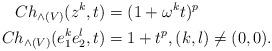
LaTeX: \begin{align*}Ch_{\wedge(V)}(z^k,t)&=(1+\omega^k t)^p\\Ch_{\wedge(V)}(e_1^ke_2^l,t)&=1+t^p, (k,l)\neq (0,0).\end{align*}